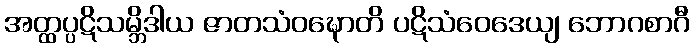
အတ္ထပ္ပဋိသမ္ဘိဒါယ ဇာတသံဝဍ္ဎောတိ ပဋိသံဝေဒေယျ ဘောဂစာဂီ